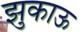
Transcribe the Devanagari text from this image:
झुकाऊ